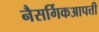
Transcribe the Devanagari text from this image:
नैसर्गिकआपत्ती